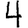
Digit: 4